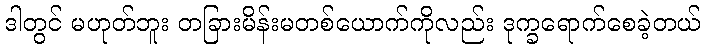
ဒါတွင် မဟုတ်ဘူး တခြားမိန်းမတစ်ယောက်ကိုလည်း ဒုက္ခရောက်စေခဲ့တယ်